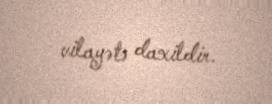
vilayətə daxildir.